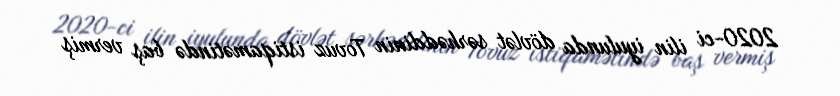
2020-ci ilin iyulunda dövlət sərhəddinin Tovuz istiqamətində baş vermiş